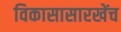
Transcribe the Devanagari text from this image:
विकासासारखेंच